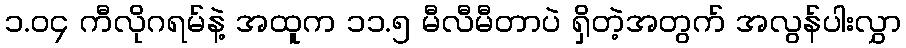
၁.၀၄ ကီလိုဂရမ်နဲ့ အထူက ၁၁.၅ မီလီမီတာပဲ ရှိတဲ့အတွက် အလွန်ပါးလွှာ